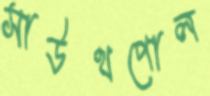
সাউথপোল